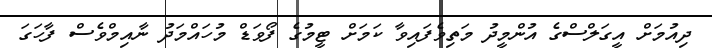
ދިއުމަށް އީގަލްސްގެ އުންމީދު މަތިވެފައިވާ ކަމަށް ޓީމުގެ ފޯވަޑް މުހައްމަދު ނާއިމްވެސް ފާހަގަ